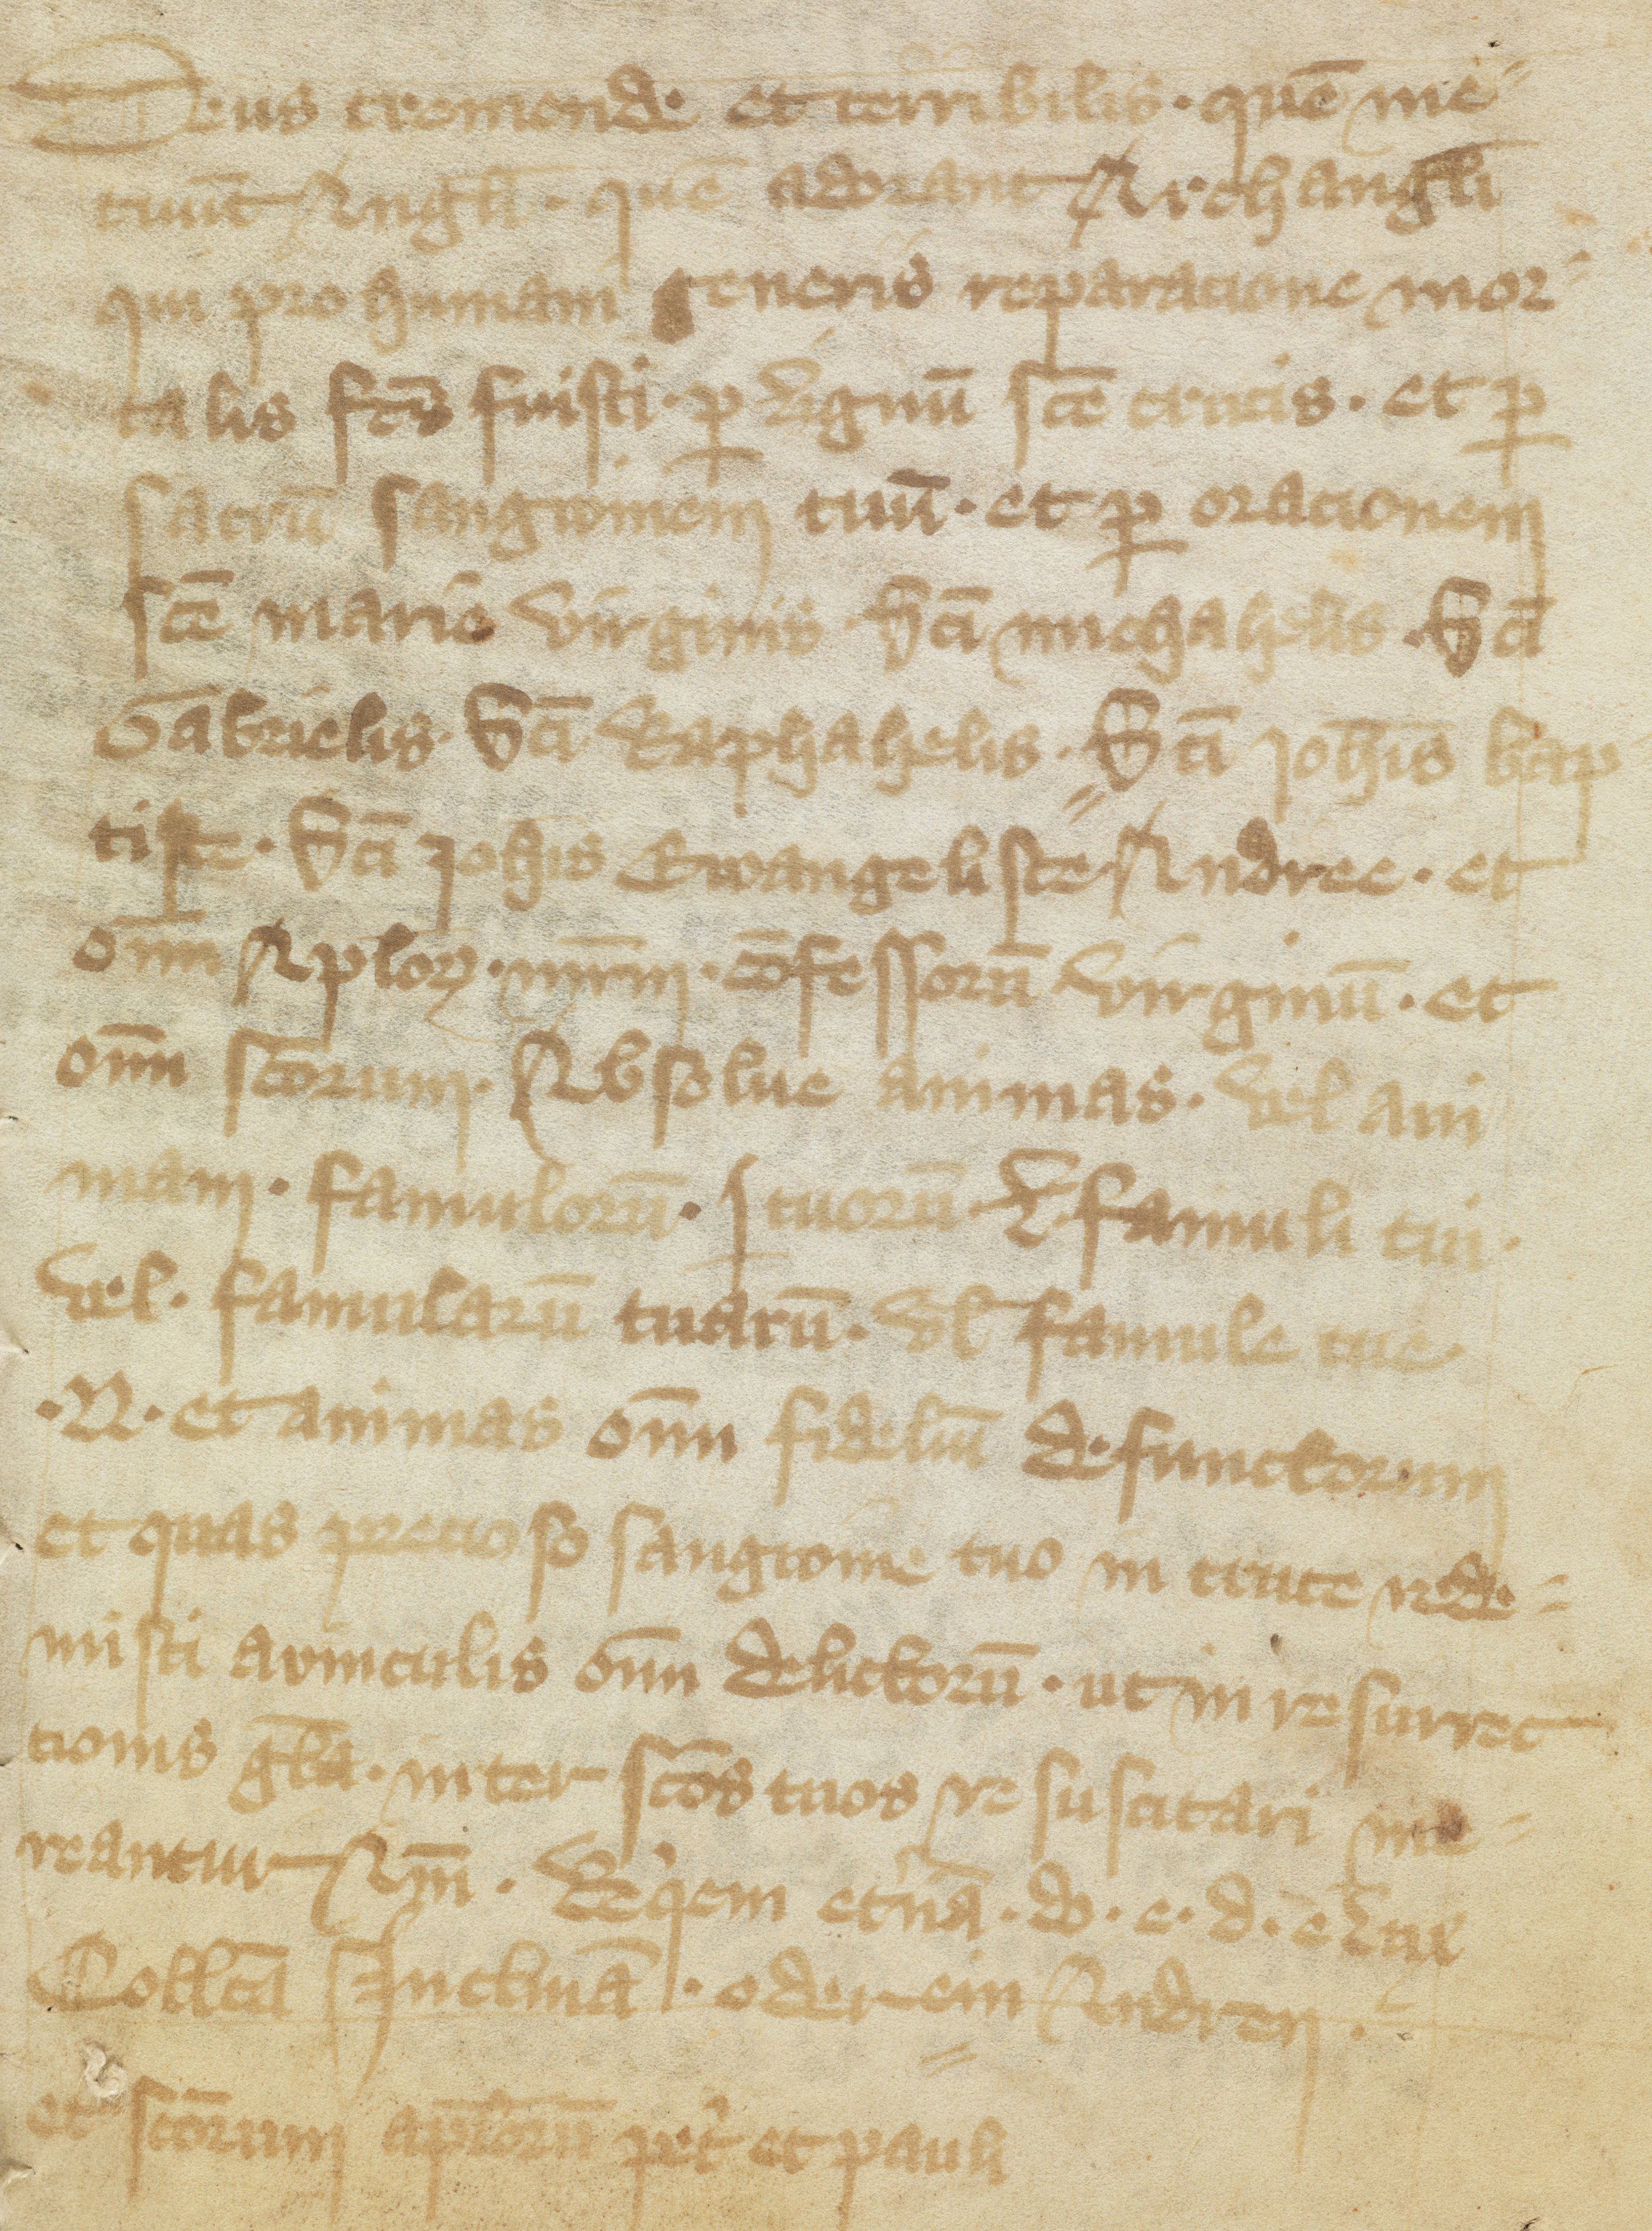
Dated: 1375–1399